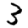
Digit: 3